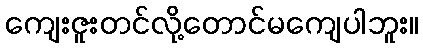
ကျေးဇူးတင်လို့တောင်မကျေပါဘူး။